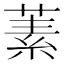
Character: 𬝚